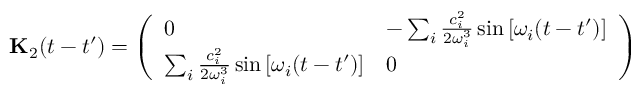
\mathbf { { K } } _ { 2 } ( t - t ^ { \prime } ) = \left( \begin{array} { l l } { 0 } & { - \sum _ { i } \frac { c _ { i } ^ { 2 } } { 2 \omega _ { i } ^ { 3 } } \sin \left[ \omega _ { i } ( t - t ^ { \prime } ) \right] } \\ { \sum _ { i } \frac { c _ { i } ^ { 2 } } { 2 \omega _ { i } ^ { 3 } } \sin \left[ \omega _ { i } ( t - t ^ { \prime } ) \right] } & { 0 } \end{array} \right)